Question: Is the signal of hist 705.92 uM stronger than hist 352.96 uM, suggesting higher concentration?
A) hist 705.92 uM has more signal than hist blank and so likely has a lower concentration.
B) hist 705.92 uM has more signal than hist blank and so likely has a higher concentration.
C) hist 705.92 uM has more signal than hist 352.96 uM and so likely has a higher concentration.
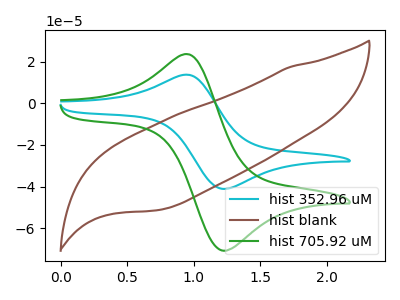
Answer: <think>The cyan curve "hist 352.96 uM" has an anodic peak at (0.95V, 13.55uA) and a cathodic peak at (1.25V, -41.10uA). The brown curve "hist blank" has no peaks. The green curve "hist 705.92 uM" has an anodic peak at (0.95V, 23.35uA) and a cathodic peak at (1.25V, -70.75uA).
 All the peaks in "hist 705.92 uM" have a peak in "hist 352.96 uM" at the same potential. Every peak in "hist 705.92 uM" is higher than every peak in "hist 352.96 uM".</think>
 <answer>C) "hist 705.92 uM" has more signal than "hist 352.96 uM" and so likely has a higher concentration.</answer>
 <eval>C</eval>